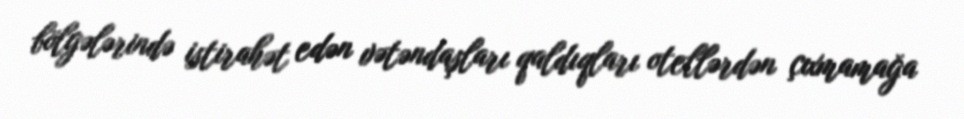
bölgələrində istirahət edən vətəndaşları qaldıqları otellərdən çıxmamağa